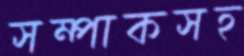
সম্পাকসহ